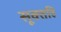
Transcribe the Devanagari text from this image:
सूक्तहि